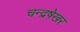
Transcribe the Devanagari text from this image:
चन्द्रषेखर